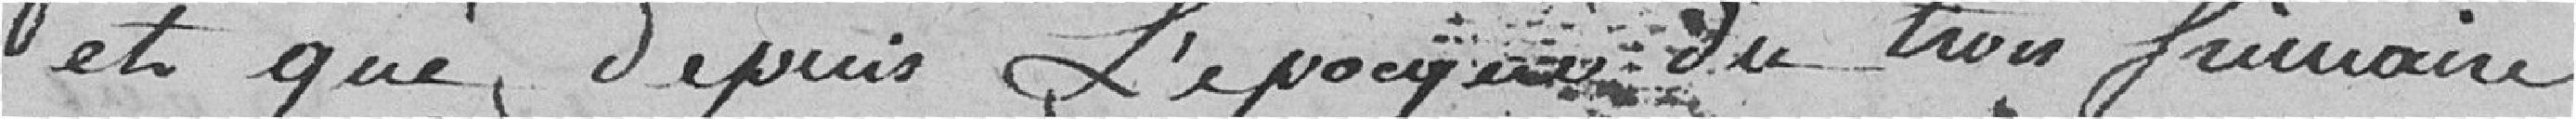
et que depuis le voyage du trois frimaire